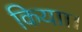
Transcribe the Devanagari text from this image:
कियाा।